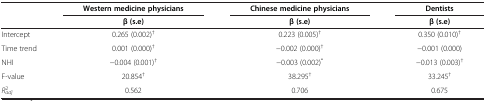
|  | <COLSPAN=3> Western medicine physicians | <COLSPAN=3> Chinese medicine physicians | <COLSPAN=3> Dentists |
 |  | <COLSPAN=3> β (s.e) | <COLSPAN=3> β (s.e) | <COLSPAN=3> β (s.e) |
 | --- | --- | --- | --- | --- | --- | --- | --- | --- | --- |
 | Intercept | <COLSPAN=3> 0.265 (0.002)† | <COLSPAN=3> 0.223 (0.005)† | <COLSPAN=3> 0.350 (0.010)† |
 | Time trend | <COLSPAN=3> 0.001 (0.000)† | <COLSPAN=3> −0.002 (0.000)† | <COLSPAN=3> −0.001 (0.000) |
 | NHI | <COLSPAN=3> −0.004 (0.001)† | <COLSPAN=3> −0.003 (0.002)* | <COLSPAN=3> −0.013 (0.003)† |
 | F-value | <COLSPAN=3> 20.854† | <COLSPAN=3> 38.295† | <COLSPAN=3> 33.245† |
 | Radj2 | <COLSPAN=3> 0.562 | <COLSPAN=3> 0.706 | <COLSPAN=3> 0.675 |